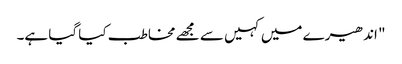
" اندھیرے میں کہیں سے مجھے مخاطب کیا گیا ہے۔